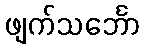
ဖျက်သင်္ဘော